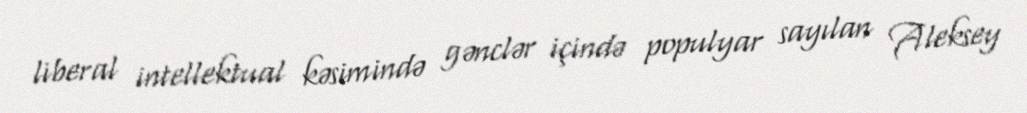
liberal intellektual kəsimində gənclər içində populyar sayılan Aleksey